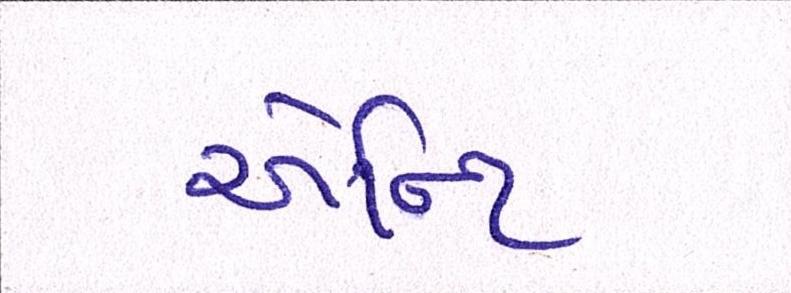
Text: એન્ટિ